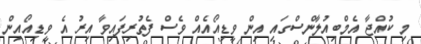
މި ކުއްޖާ އެމްބިއުލާންސްގައި އިން ވީޑިއޯއެއް ވެސް ފެތުރިފައިވާ އިރު އެ ވީޑިއޯއިން